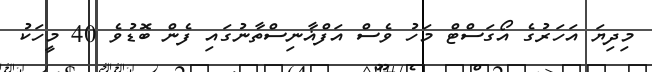
މިދިޔަ އަހަރުގެ އޯގަސްޓް މަހު ވެސް އަފްޣާނިސްތާނުގައި ފެން ބޮޑުވެ 40 މީހަކު